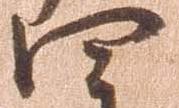
四